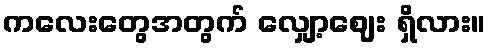
ကလေးတွေအတွက် လျှော့ဈေး ရှိလား။